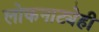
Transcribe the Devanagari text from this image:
लोकनाट्येही